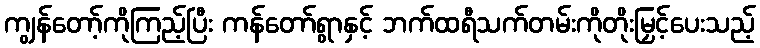
ကျွန်တော့်ကိုကြည့်ပြီး ကန်တော်ရွာနှင့် ဘက်ထရီသက်တမ်းကိုတိုးမြှင့်ပေးသည့်